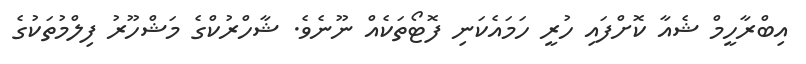
އިބްރާހީމް ޝެއާ ކޮށްފައި ހުރީ ހަމައެކަނި ފޮޓޯތަކެއް ނޫނެވެ. ޝާހްރުކްގެ މަޝްހޫރު ފިލްމުތަކުގެ